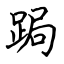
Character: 跼